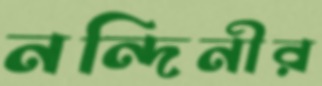
নন্দিনীর